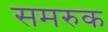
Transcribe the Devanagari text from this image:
समरुक